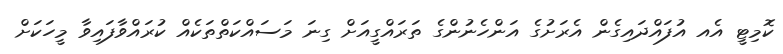
ކޮމިޓީ އެއ އުފައްދައިގެން އެރަށުގެ އަންހެނުންގެ ތަރައްގީއަށް ގިނަ މަސައްކަތްތަކެއް ކުރައްވާފައިވާ މީހަކަށް